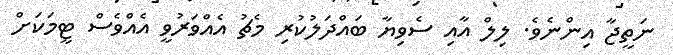
ނަތީޖާ އިންނެވެ. ލިލް އާއި ސެވިޔާ ބައްދަލުކުރި މެޗު އެއްވަރުވީ އެއްވެސް ޓީމަކަށް